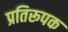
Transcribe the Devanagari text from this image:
प्रतिरूपक